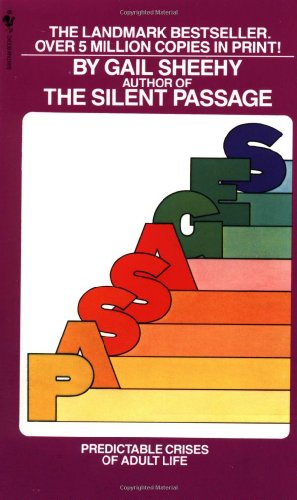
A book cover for Passages: Predictable Crises of Adult Life; Gail Sheehy; Politics & Social Sciences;